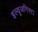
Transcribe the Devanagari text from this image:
इल्‍यूजनिस्‍टा